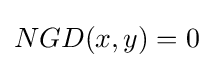
NGD(x,y)=0